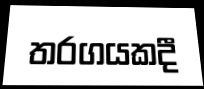
තරගයකදී